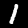
Label: 1